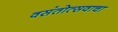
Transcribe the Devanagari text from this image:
वसंतोत्सवाचा